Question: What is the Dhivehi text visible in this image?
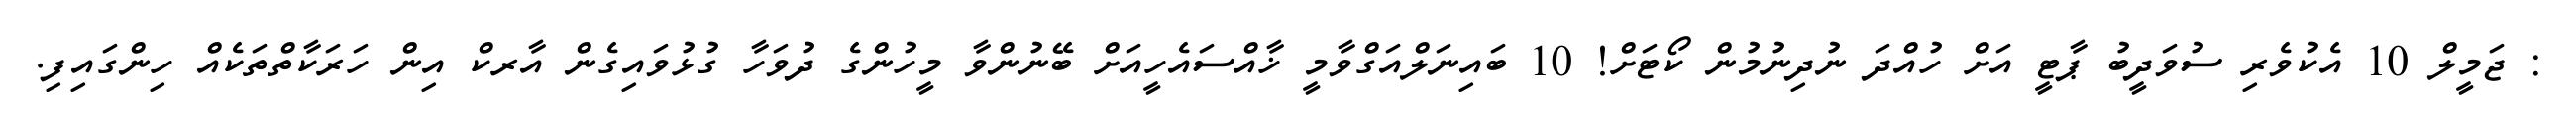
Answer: : ޖަމީލް 10 އެކުވެރި ސުވަދީބު ޕާޓީ އަށް ހުއްދަ ނުދިނުމުން ކޯޓަށް! 10 ބައިނަލްއަގްވާމީ ޚާއްސައެހީއަށް ބޭނުންވާ މީހުންގެ ދުވަހާ ގުޅުވައިގެން އާރކް އިން ހަރަކާތްތަކެއް ހިންގައިފި.